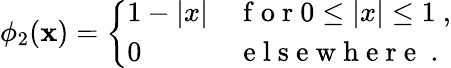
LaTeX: \phi_{2}(\mathbf{x})=\left\{ \begin{array}{ll}{1-|x|}&{\mathrm{~f~o~r~}0\le|x|\le 1\ ,}\\ {0}&{\mathrm{~e~l~s~e~w~h~e~r~e~}\ .}\end{array}\right.